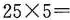
$$2 5\times 5 =$$